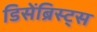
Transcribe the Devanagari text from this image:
डिसेंब्रिस्ट्स